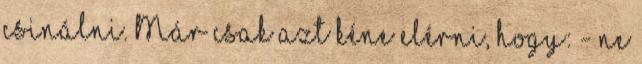
csinálni. Már csak azt kéne elérni, hogy: - ne